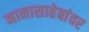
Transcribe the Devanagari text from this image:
नानासाहेबांवर